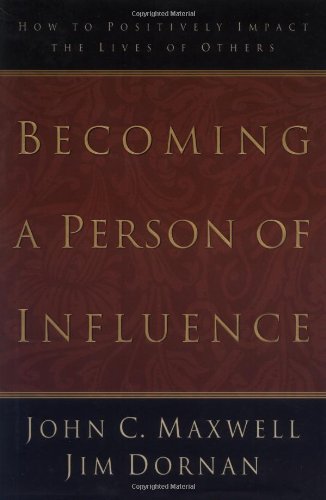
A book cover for Becoming a Person of Influence: How to Positively Impact the Lives of Others; John C. Maxwell; Self-Help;